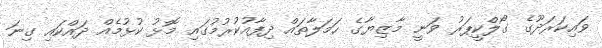
ވައިކަރަދޫގެ ގޯލްކީޕަރު ވަނީ މާޒިޔާގެ ހަމަލާތައް ދިފާއުކުރުމުގައި މޮޅު ކުޅުމެއް ދައްކައި ގިނަ